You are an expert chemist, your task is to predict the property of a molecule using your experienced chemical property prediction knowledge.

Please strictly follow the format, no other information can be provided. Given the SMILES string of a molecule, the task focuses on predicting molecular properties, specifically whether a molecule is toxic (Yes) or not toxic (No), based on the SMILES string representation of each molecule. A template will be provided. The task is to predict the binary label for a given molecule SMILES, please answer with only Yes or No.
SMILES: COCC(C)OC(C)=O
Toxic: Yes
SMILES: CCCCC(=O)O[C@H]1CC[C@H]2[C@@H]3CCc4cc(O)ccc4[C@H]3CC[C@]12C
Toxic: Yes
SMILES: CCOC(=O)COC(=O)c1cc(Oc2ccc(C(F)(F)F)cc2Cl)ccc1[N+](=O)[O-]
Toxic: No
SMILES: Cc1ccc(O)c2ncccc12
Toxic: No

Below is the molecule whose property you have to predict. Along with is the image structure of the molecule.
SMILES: O=c1cc(-c2ccccc2)oc2ccccc12
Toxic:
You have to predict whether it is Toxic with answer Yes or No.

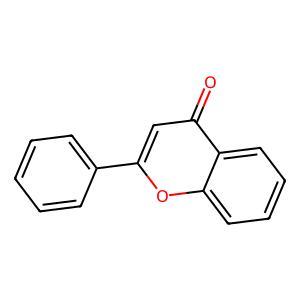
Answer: No